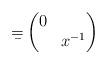
LaTeX: \begin{align*} \b = \begin{pmatrix} 0 & \\ & x^{-1} \end{pmatrix}\end{align*}